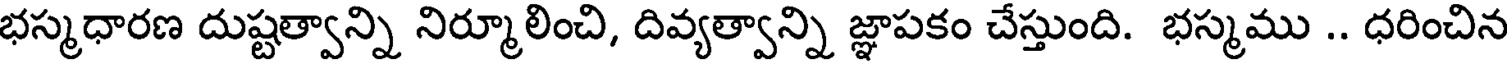
భస్మధారణ దుష్టత్వాన్ని నిర్మూలించి, దివ్యత్వాన్ని జ్ఞాపకం చేస్తుంది. భస్మము .. ధరించిన